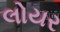
લોયર